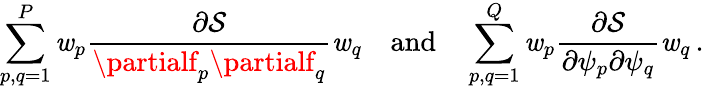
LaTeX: \sum_{p,q=1}^{P}\mathit{w}_{p}\frac{{\partial\mathcal{{S}}}}{{\partialf_{p}\partialf_{q}}}\mathit{w}_{q}\quad\mathrm{{and}}\quad\sum_{p,q=1}^{Q}\mathit{w}_{p}\frac{{\partial\mathcal{{S}}}}{{\partial\psi_{p}\partial\psi_{q}}}\mathit{w}_{q}\, .